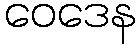
ဝေဒေန